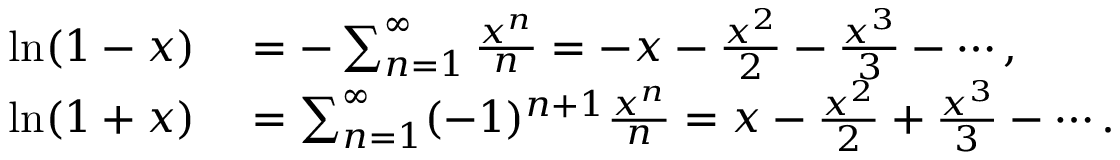
\begin{array} { r l } { \ln ( 1 - x ) } & { { } = - \sum _ { n = 1 } ^ { \infty } { \frac { x ^ { n } } { n } } = - x - { \frac { x ^ { 2 } } { 2 } } - { \frac { x ^ { 3 } } { 3 } } - \cdots , } \\ { \ln ( 1 + x ) } & { { } = \sum _ { n = 1 } ^ { \infty } ( - 1 ) ^ { n + 1 } { \frac { x ^ { n } } { n } } = x - { \frac { x ^ { 2 } } { 2 } } + { \frac { x ^ { 3 } } { 3 } } - \cdots . } \end{array}